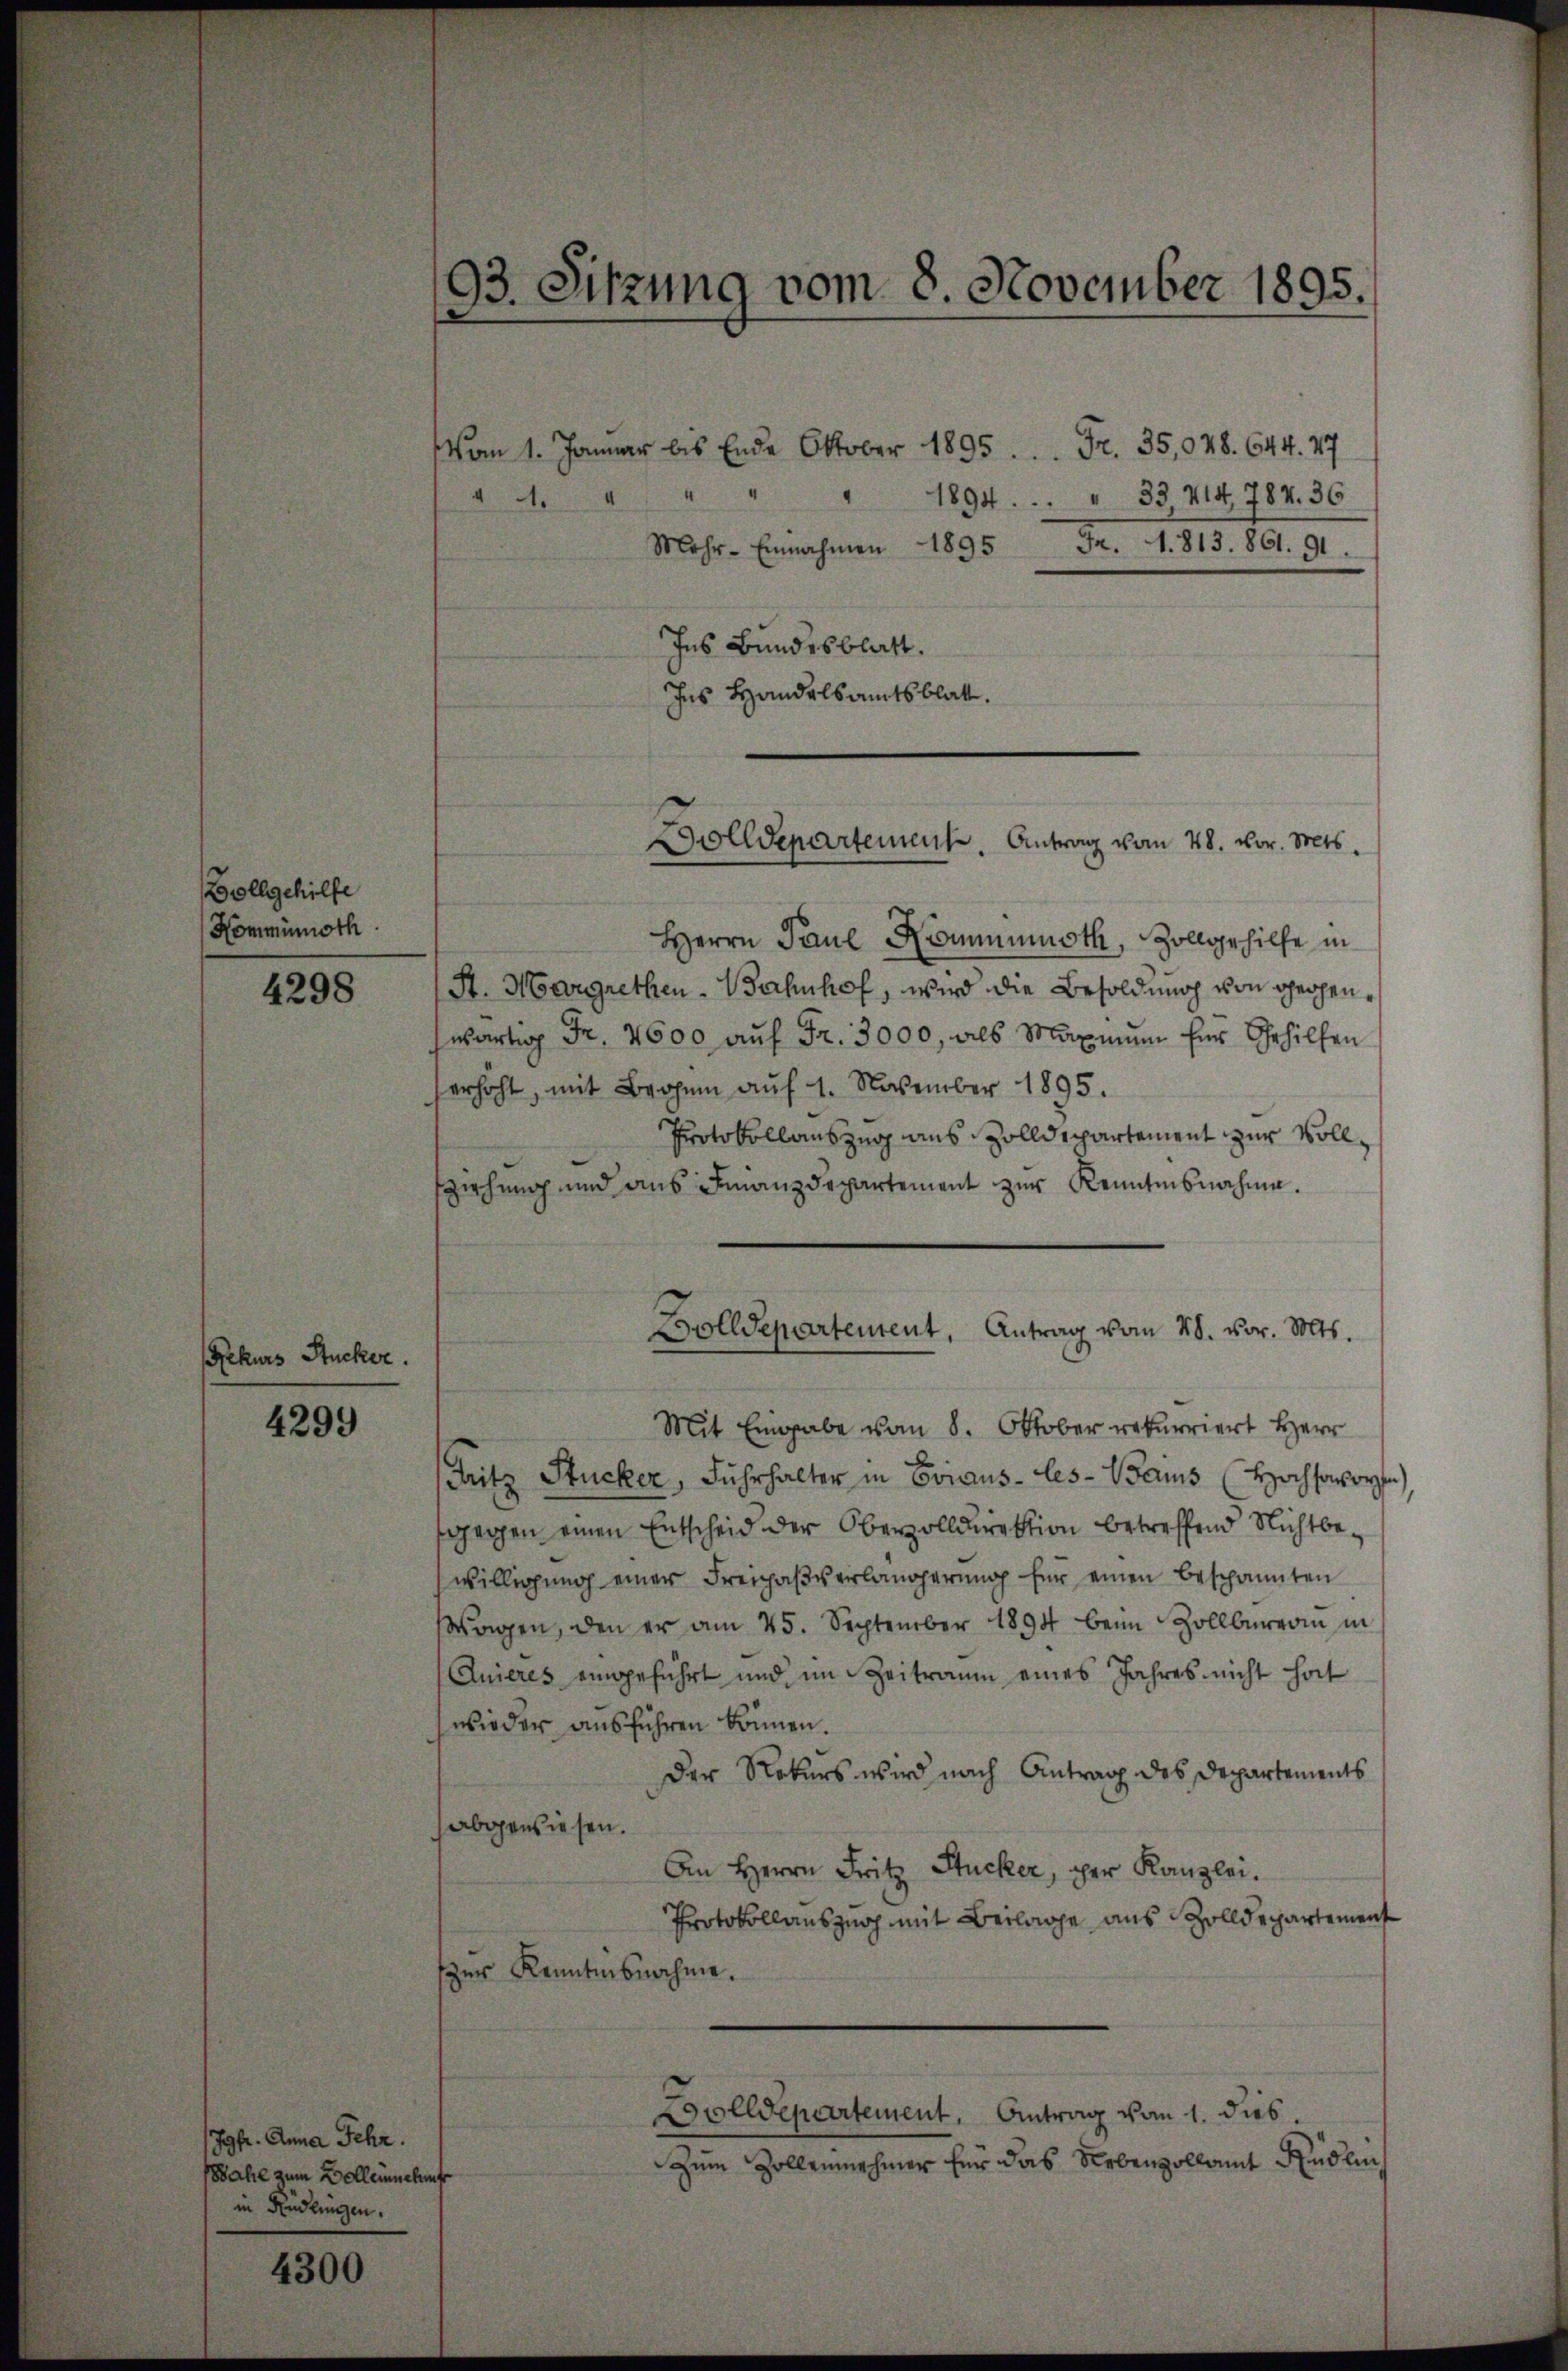
Vollgehilfe
Nommünoth

4298

Rekurs Stucker.

4299

Jgfr. Anna Fehr.
Wahl zum Bellernehmer
in Andlungen.

4300

93. Sitzung vom 8. November 1895.

Vom 1. Januar bis Ende Oktober 1895. Fr. 35,048. 644. 47
4
A
33, 414. 784. 36
1894.
Mehr- Einnahmen 1895 Fr. 1813. 861. 91.
Ins Bundesblatt.
Ins Handelsamtsblatt.

Herrn Paul Kommumoth, Zollgehilfe in
St. Margrethen-Bahnhof, wird die Besoldung von Theopenwärtig Fr. 4600 auf Fr. 3000, als Maximum für Gehilfen
erhöht, mit Bern aŭf 1. November 1895.
Protokollauszug aus Zolldepartement zur Vollsziehung und aus Finanzdepartement zur Kenntnisnahme.
Mit Eingabe vom 8. Oktober rekurriert Herr
Fritz Stucker, Fuhrhalter in Eviaus-les-Baus (Hochsororten
sgegen einen Entscheid der Oberzolldirektion betreffend Nichtbewilligung einer Freihaßverlängerung für einen bespannten
Wagen, den er am 25. September 1894 beim Zollbürerin in
Anieres eingeführt und im Zeitraum eines Jahres nicht hat
wieder ausführen können.
Der Rekurs wird nach Antrag des Departements
abgewiesen.
An Herrn Fritz Stucker, per Kanzlei.
Protokollauszug mit Beilage aus Zolldepartement
zur Kenntnisnahme.
Bolldepartement. Antrag vom 1. dies
Zum Zollennehmer für das Nebenzollamt Rüdlin,

Dolldepartement. Antrag vom 28. vor. Mts.

Bolldepartement, Antrag vom 28. vor. Mts.